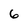
Character: 6